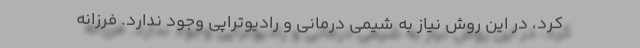
کرد، در این روش نیاز به شیمی درمانی و رادیوتراپی وجود ندارد. فرزانه